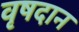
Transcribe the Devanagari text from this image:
वृषदान